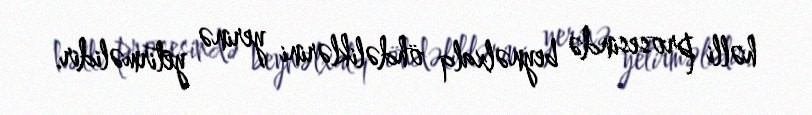
həlli prosesində beynəlxalq öhdəliklərini yerinə yetirməlidir.